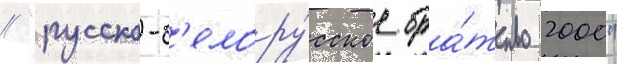
// "русско-б'елору́сское бра́тство 2000"